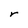
Character: r